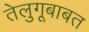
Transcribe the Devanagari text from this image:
तेलुगूबाबत